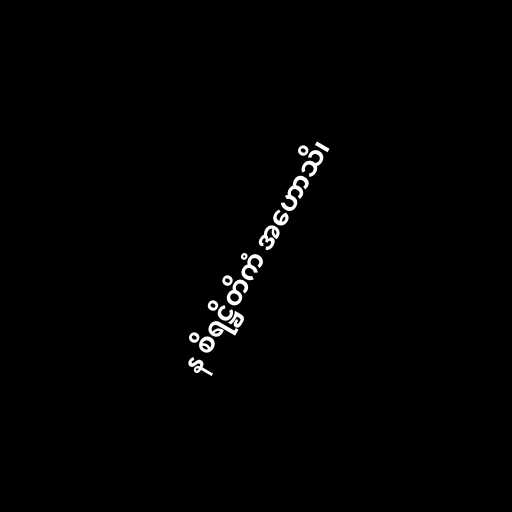
န စိရဋ္ဌိတိကံ အဟောသိ၊